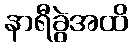
နာရီခွဲအထိ